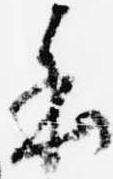
本